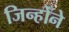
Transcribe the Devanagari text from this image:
जिन्होँने